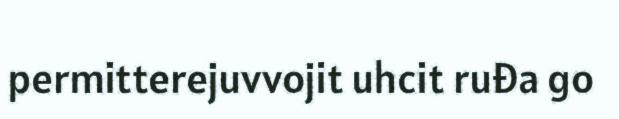
permitterejuvvojit uhcit ruđa go